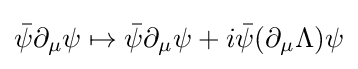
{\bar {\psi }}\partial _{\mu }\psi \mapsto {\bar {\psi }}\partial _{\mu }\psi +i{\bar {\psi }}(\partial _{\mu }\Lambda )\psi